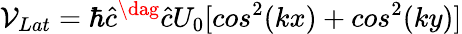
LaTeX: \mathcal{V}_{Lat}=\hbar\hat{c}^{\dag}\hat{c}U_{0}[cos^{2}(kx)+cos^{2}(ky)]